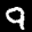
Label: 9